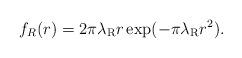
LaTeX: \begin{align*} f_R(r) = 2 \pi \lambda_\textrm{R} r \exp(-\pi \lambda_\textrm{R} r^2).\end{align*}